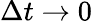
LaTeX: \Delta t\rightarrow 0